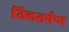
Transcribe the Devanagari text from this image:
तिलतर्पण